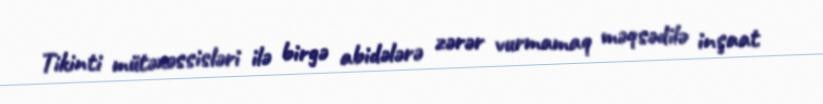
Tikinti mütəxəssisləri ilə birgə abidələrə zərər vurmamaq məqsədilə inşaat